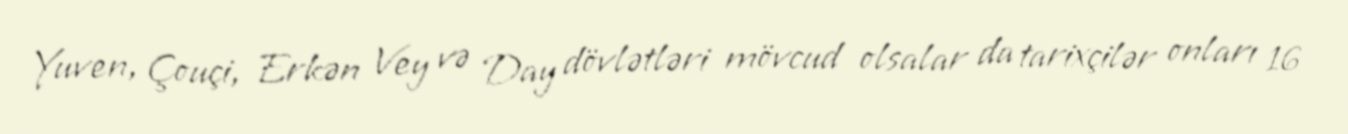
Yuven, Çouçi, Erkən Vey və Day dövlətləri mövcud olsalar da tarixçilər onları 16